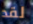
لقد